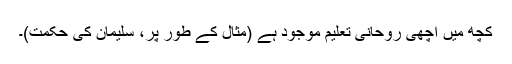
کچھ میں اچھی روحانی تعلیم موجود ہے (مثال کے طور پر، سلیمان کی حکمت)۔